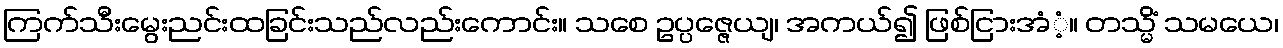
ကြက်သီးမွေးညင်းထခြင်းသည်လည်းကောင်း။ သစေ ဥပ္ပဇ္ဇေယျ၊ အကယ်၍ ဖြစ်ငြားအံံ့။ တသ္မိံ သမယေ၊